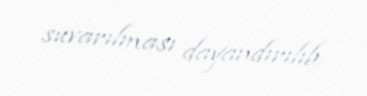
suvarılması dayandırılıb.